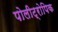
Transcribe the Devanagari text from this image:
पोलीट्रोपिक